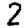
Digit: 2